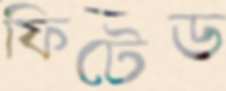
ফিটেড